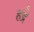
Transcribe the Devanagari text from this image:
हद्रे